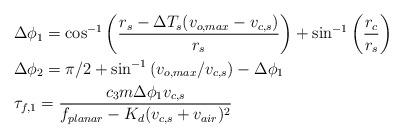
LaTeX: \begin{align*}& \Delta \phi_1 = \cos^{-1}\left(\frac{r_s - \Delta T_s(v_{o,max} - v_{c,s})}{r_s}\right) + \sin^{-1}\left(\frac{r_c}{r_s}\right) \\& \Delta \phi_2 = \pi/2 + \sin^{-1}\left(v_{o,max}/v_{c,s}\right) - \Delta \phi_1 \\& \tau_{f,1} = \frac{ c_3 m\Delta \phi_1 v_{c,s}}{f_{planar} - K_d (v_{c,s} + v_{air})^2}\end{align*}